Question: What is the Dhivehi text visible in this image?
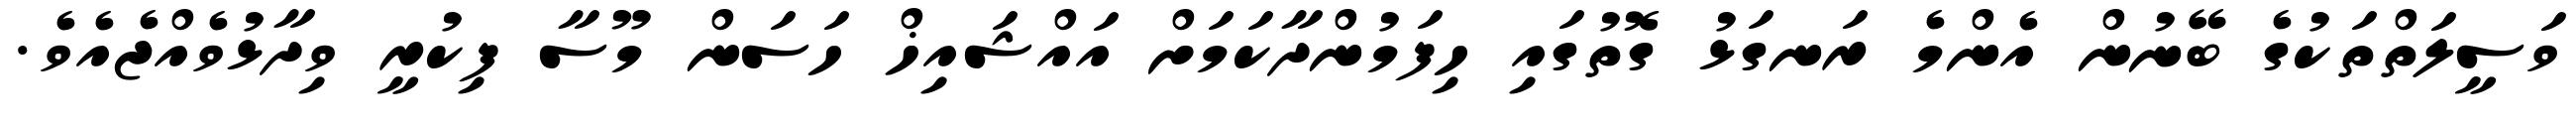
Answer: ވަސީލަތްތަކުގެ ބޭނުން އެންމެ ރަނގަޅު ގޮތުގައި ހިފަމުންދާކަމަށް އައްޝައިޚް ހަސަން މޫސާ ފިކުރީ ވިދާޅުވެއްޖެއެވެ.